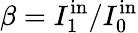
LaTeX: \beta=I_{1}^{\mathrm{in}}/I_{0}^{\mathrm{in}}